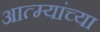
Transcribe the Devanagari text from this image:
आत्म्यांच्या